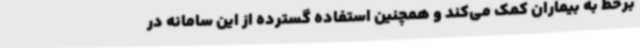
برخط به بیماران کمک می‌کند و همچنین استفاده گسترده از این سامانه در